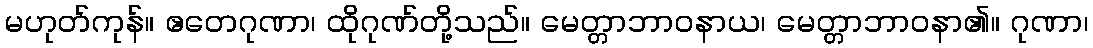
မဟုတ်ကုန်။ ဧတေဂုဏာ၊ ထိုဂုဏ်တို့သည်။ မေတ္တာဘာဝနာယ၊ မေတ္တာဘာဝနာ၏။ ဂုဏာ၊